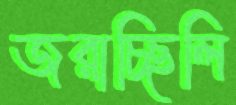
জরাচ্ছিলি